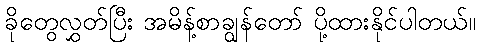
ခိုတွေလွှတ်ပြီး အမိန့်စာချွန်တော် ပို့ထားနိုင်ပါတယ်။